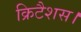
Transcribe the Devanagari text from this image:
क्रिटैशस।